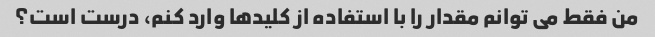
من فقط می توانم مقدار را با استفاده از کلیدها وارد کنم، درست است؟